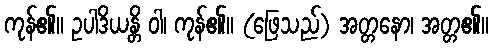
ကုန်၏။ ဥပါဒိယန္တိ ဝါ၊ ကုန်၏။ (ဖြေသည်) အတ္တနော၊ အတ္တ၏။